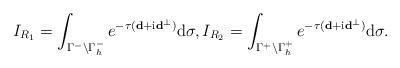
LaTeX: \begin{align*} I_{R_1}=\int_{\Gamma^-\setminus \Gamma^-_h}e^{-\tau (\mathbf d+\mathrm i\mathbf d^\perp)}\mathrm d\sigma,I_{R_2}=\int_{\Gamma^+\setminus \Gamma^+_h}e^{-\tau (\mathbf d+\mathrm i\mathbf d^\perp)}\mathrm d\sigma. \end{align*}